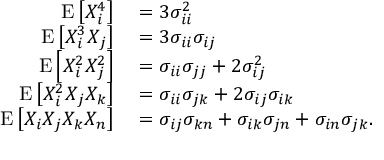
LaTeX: \begin{array} { r l } { \operatorname { E } \left[ X _ { i } ^ { 4 } \right] } & { { } = 3 \sigma _ { i i } ^ { 2 } } \\ { \operatorname { E } \left[ X _ { i } ^ { 3 } X _ { j } \right] } & { { } = 3 \sigma _ { i i } \sigma _ { i j } } \\ { \operatorname { E } \left[ X _ { i } ^ { 2 } X _ { j } ^ { 2 } \right] } & { { } = \sigma _ { i i } \sigma _ { j j } + 2 \sigma _ { i j } ^ { 2 } } \\ { \operatorname { E } \left[ X _ { i } ^ { 2 } X _ { j } X _ { k } \right] } & { { } = \sigma _ { i i } \sigma _ { j k } + 2 \sigma _ { i j } \sigma _ { i k } } \\ { \operatorname { E } \left[ X _ { i } X _ { j } X _ { k } X _ { n } \right] } & { { } = \sigma _ { i j } \sigma _ { k n } + \sigma _ { i k } \sigma _ { j n } + \sigma _ { i n } \sigma _ { j k } . } \end{array}